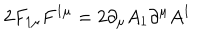
2 F _ { 1 \mu } F ^ { 1 \mu } = 2 \partial _ { \mu } A _ { 1 } \partial ^ { \mu } A ^ { 1 }